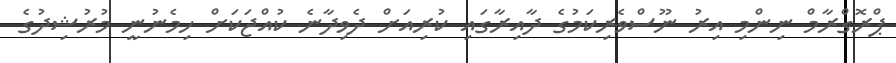
ޕްރޮގްރާމް ނިންމި އިރު ނޫސްވެރިކަމުގެ ދާއިރާގައި ކުރިއަށް ދެވިދާނެ ކުއްޖަކަށް ހިމެނުނީ މުރުޝިދުގެ